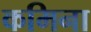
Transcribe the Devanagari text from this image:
कमिना